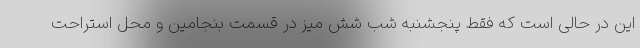
این در حالی است که فقط پنجشنبه شب شش میز در قسمت بنجامین و محل استراحت